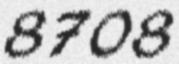
8708